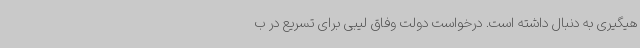
هیگیری به دنبال داشته است. درخواست دولت وفاق لیبی برای تسریع در ب